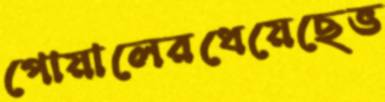
পোয়ালেরধেয়েছেভ